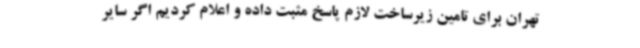
تهران برای تامین زیرساخت لازم پاسخ مثبت داده و اعلام کردیم اگر سایر